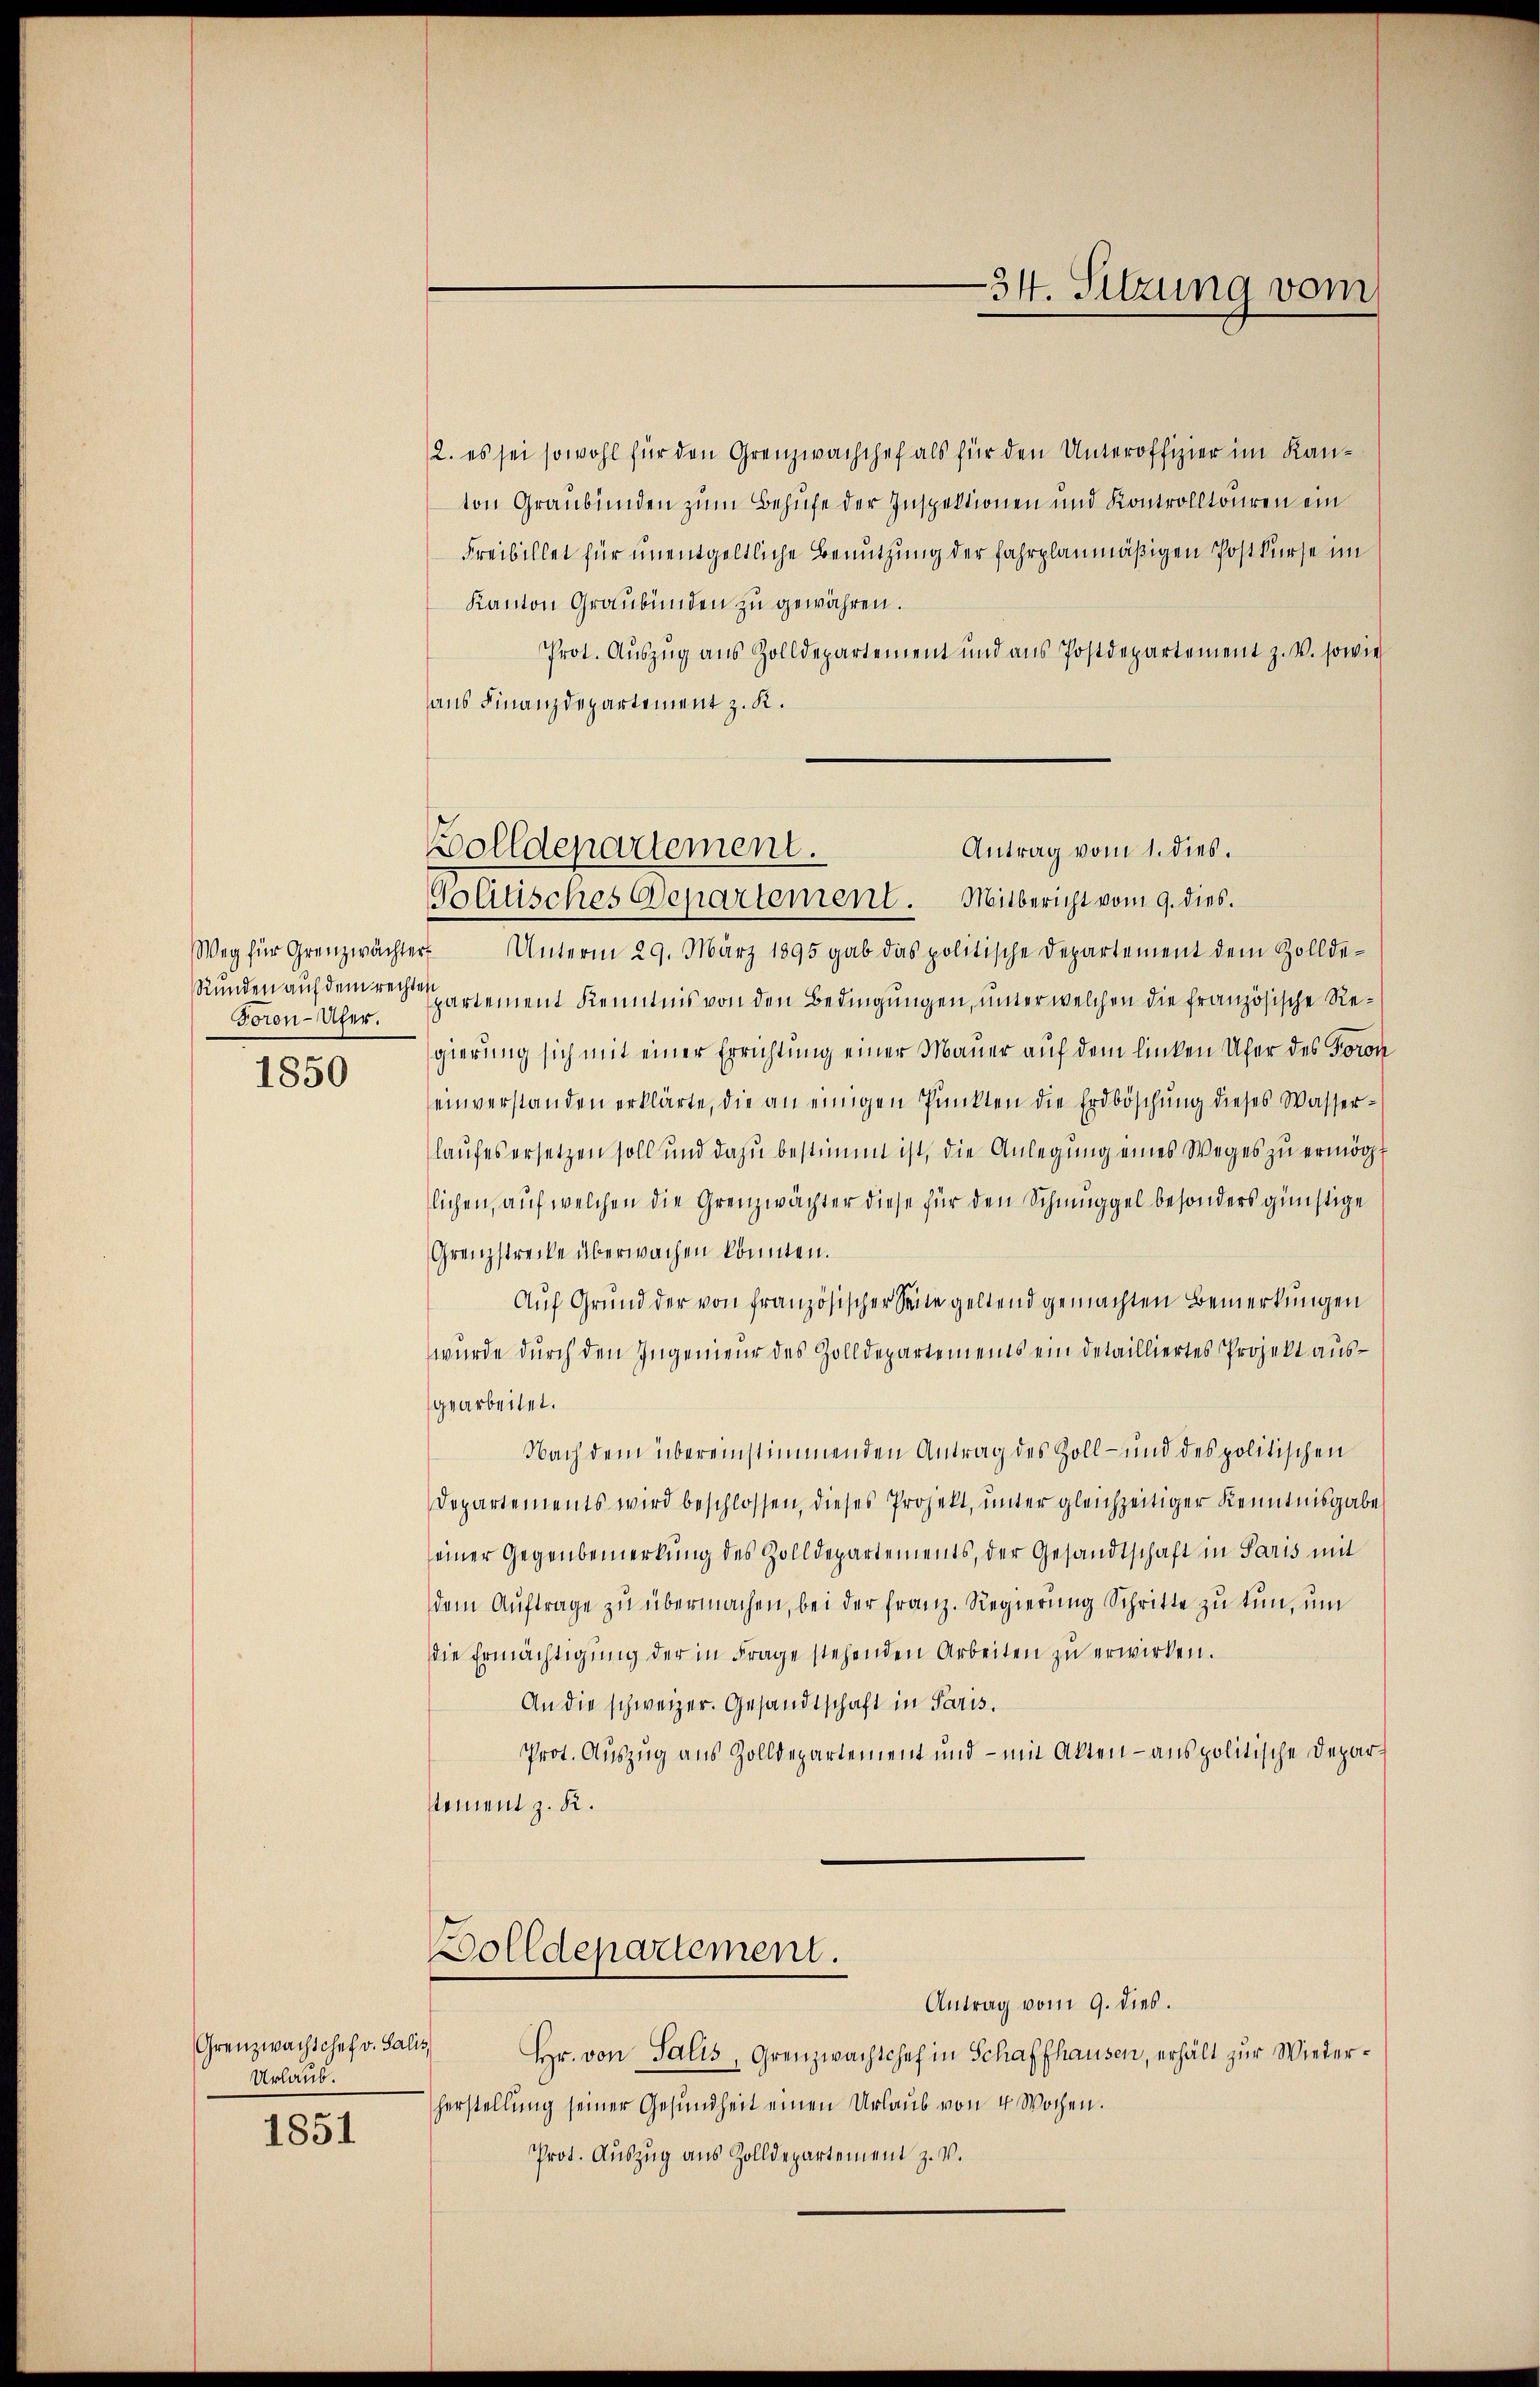
Foron-Ufer.

1850

2. es sei sowohl für den Grenzwachchef als für den Unteroffizier im Kanton Graubünden zum Behufe der Inspektionen und Kontrolltouren ein
Freibillet für unentgeltliche Benutzung der fahrplanmäßigen Postkurse im
Kanton Graubünden zu gewähren.
Prot. Aŭszŭg ans Zolldepartement und ans Postdepartement z. V. sowie
aus Finanzdepartement z. K.
Volitisches Departement. Mitbericht vom 9. dies.
Weg für Grenzwächter Unterm 29. März 1895 gab das politische Departement dem Zollde-
Stunden auf dem verartement Kenntnis von den Bedingungen, unter welchen die französische Regierung sich mit einer Errichtung einer Mauer auf dem linken Ufer des Foron
einverstanden erklärte, die an einigen Pŭnkten die Erdböschŭng dieses Wasser-
laufes ersetzen soll und dazŭ bestimmt ist, die Anlegŭng eines Weges zŭ ermögt
lichen, auf welchen die Grenzwächter diese für den Schmuggel besonders günstige
Grenzstrecke überwachen könnten.
Auf Grund der von französischer Seite geltend gemachten Bemerkungen
wurde durch den Ingenieur des Zolldepartements ein detailliertes Projekt ausgearbeitet.
Nach dem übereinstimmenden Antrag des Zoll- und des politischen
Departements wird beschlossen, dieses Projekt, unter gleichzeitiger Kenntnisgabe
seiner Gegenbemerkung des Zolldepartements, der Gesandtschaft in Paris mit
dem Auftrage zu übermachen, bei der Franz. Regierung Schritte zu tun, um
die Ermächtigung der in Frage stehenden Arbeiten zu erwirken.
An die schweizer. Gesandtschaft in Paris.
Prot. Auszug aus Zolldepartement und - mit Akten anspolitische Deparsement z. K.
Bolldepartement.
Antrag vom 9. dies.
Hr. von Salis, Grenzwachtchef in Schaffhausen, erhält zur Wiederherstellŭng seiner Gesŭndheit einen Urlaŭb von 4 Wochen.
Prot. Auszug aus Zolldepartement z. v.

Grenzwachschef v. Salis
Urlaub.

1851

Bolldepartement.
Antrag vom 1. dies.

-34. Sitzung vom